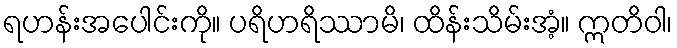
ရဟန်းအပေါင်းကို။ ပရိဟရိဿာမိ၊ ထိန်းသိမ်းအံ့။ ဣတိဝါ၊